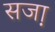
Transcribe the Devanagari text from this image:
सजा़